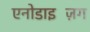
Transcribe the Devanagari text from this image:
एनोडाइज़िंग